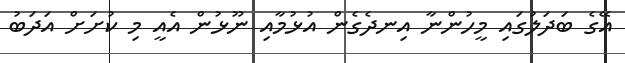
އޭގެ ބަދަލުގައި މީހުންނާ އިނދެގެން އުޅުމާއި ނޫޅުން އެއީ މި ކުށަށް އަދަބު